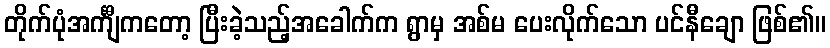
တိုက်ပုံအင်္ကျီကတော့ ပြီးခဲ့သည့်အခေါက်က ရွာမှ အစ်မ ပေးလိုက်သော ပင်နီချော ဖြစ်၏။